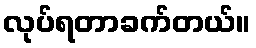
လုပ်ရတာခက်တယ်။